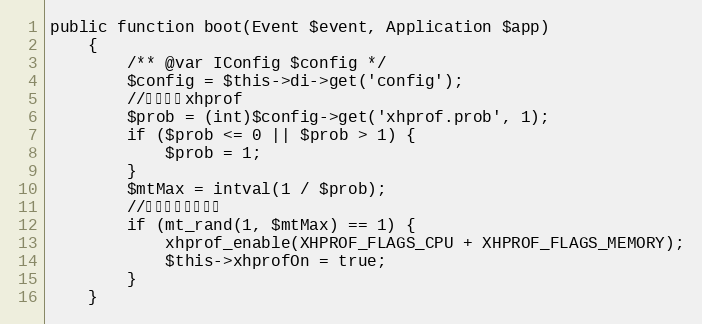
Language: PHP
public function boot(Event $event, Application $app)
    {
        /** @var IConfig $config */
        $config = $this->di->get('config');
        //获取概率xhprof
        $prob = (int)$config->get('xhprof.prob', 1);
        if ($prob <= 0 || $prob > 1) {
            $prob = 1;
        }
        $mtMax = intval(1 / $prob);
        //在一定概率下执行
        if (mt_rand(1, $mtMax) == 1) {
            xhprof_enable(XHPROF_FLAGS_CPU + XHPROF_FLAGS_MEMORY);
            $this->xhprofOn = true;
        }
    }